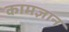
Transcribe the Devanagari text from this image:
कामज्ञान